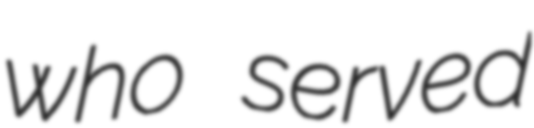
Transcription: who served